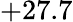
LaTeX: +27.7